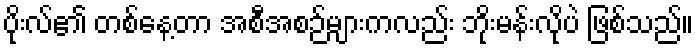
ပိုးလ်၏ တစ်နေ့တာ အစီအစဉ်များကလည်း ဘိုးမန်းလိုပဲ ဖြစ်သည်။